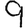
Digit: 9